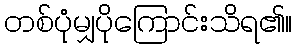
တစ်ပုံမျှပိုကြောင်းသိရ၏။